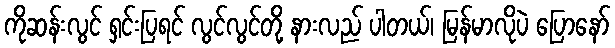
ကိုဆန်းလွင် ရှင်းပြရင် လွင်လွင်တို့ နားလည် ပါတယ်၊ မြန်မာလိုပဲ ပြောနော်